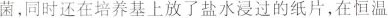
菌，同时还在培养基上放了盐水浸过的纸片，在恒温